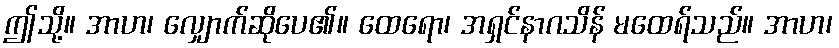
ဤသို့။ အာဟ၊ လျှောက်ဆိုပေ၏။ ထေရော၊ အရှင်နာဂသိန် မထေရ်သည်။ အာဟ၊